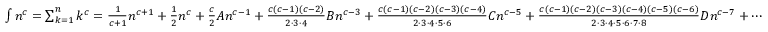
\textstyle \int n ^ { c } = \sum _ { k = 1 } ^ { n } k ^ { c } = { \frac { 1 } { c + 1 } } n ^ { c + 1 } + { \frac { 1 } { 2 } } n ^ { c } + { \frac { c } { 2 } } A n ^ { c - 1 } + { \frac { c ( c - 1 ) ( c - 2 ) } { 2 \cdot 3 \cdot 4 } } B n ^ { c - 3 } + { \frac { c ( c - 1 ) ( c - 2 ) ( c - 3 ) ( c - 4 ) } { 2 \cdot 3 \cdot 4 \cdot 5 \cdot 6 } } C n ^ { c - 5 } + { \frac { c ( c - 1 ) ( c - 2 ) ( c - 3 ) ( c - 4 ) ( c - 5 ) ( c - 6 ) } { 2 \cdot 3 \cdot 4 \cdot 5 \cdot 6 \cdot 7 \cdot 8 } } D n ^ { c - 7 } + \cdots